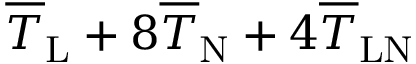
\overline { { T } } _ { \mathrm { L } } + 8 \overline { { T } } _ { \mathrm { N } } + 4 \overline { { T } } _ { \mathrm { L N } }